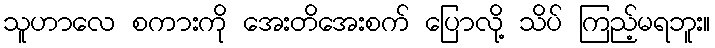
သူဟာလေ စကားကို အေးတိအေးစက် ပြောလို့ သိပ် ကြည့်မရဘူး။